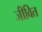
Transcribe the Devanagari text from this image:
जीवित